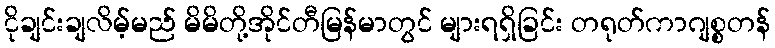
ငိုချင်းချလိမ့်မည် မိမိတို့အိုင်တီမြန်မာတွင် များရရှိခြင်း တရုတ်ကာဂျစ္စတန်